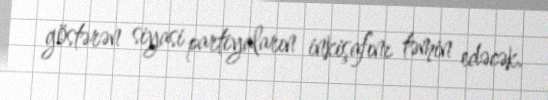
göstərən siyasi partiyaların inkişafını təmin edəcək.